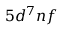
5 d ^ { 7 } n f